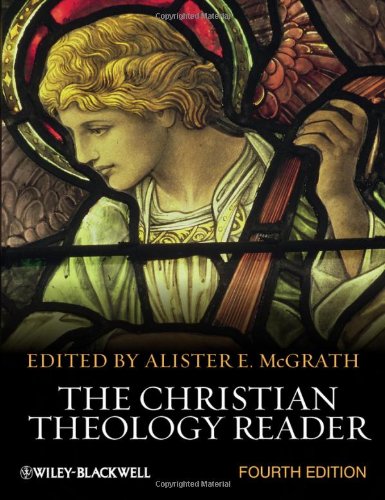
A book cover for The Christian Theology Reader; Christian Books & Bibles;